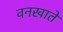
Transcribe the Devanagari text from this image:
वनखाते